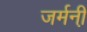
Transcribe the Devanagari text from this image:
जर्मनी़